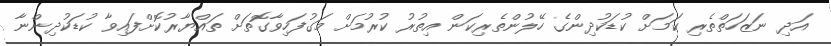
އަދި ނަޒަހަތްތެރި ކަމަށް ކުޑަކުދިންގެ ހޭލުންތެރިކަން އިތުރު ކުރުމަށް މަގުފަހިވާގޮތަށް ތައްޔާރުކޮށްފައިވާ ކުޑަކުދިންނާ